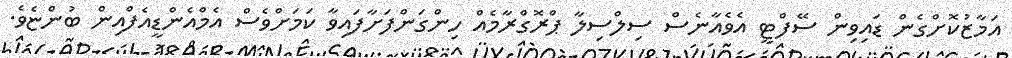
އަމާޒުކޮށްގެން ޑައިވިން ސޭފްޓީ އެވެއާނެސް ސިލްސިލާ ޕްރޮގްރާމެއް ހިންގަންފަށާފައިވާ ކަމަށްވެސް އެމްއެންޑީއެފްއިން ބުންޏެވެ.